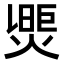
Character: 𤌮